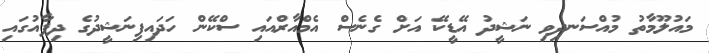
މައުލޫމާތު މުއްސަނދިވި ނަޝީދު އޭޑީކޭ އަށް ގެނެސް އެމްއާރްއައި ސްކޭން ހަދައިފިނަޝީދުގެ ދިފާއުގައި